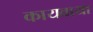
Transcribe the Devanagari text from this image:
कायवाया